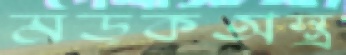
মড়কঅস্ত্র